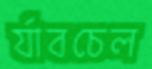
র‍্যাবচেল